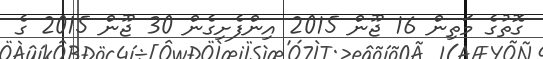
ގޮތުގެ މަތިން 16 ޖޫން 2015 އިންފެށިގެން 30 ޖޫން 2015 ގެ